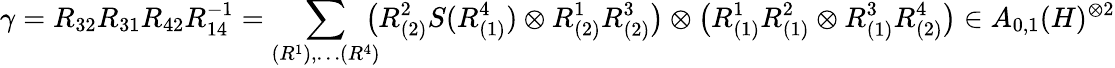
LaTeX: \gamma=R_{32}R_{31}R_{42}R_{14}^{-1}=\sum_{(R^{1}),\ldots(R^{4})}\! \! \! \bigl(R_{(2)}^{2}S(R_{(1)}^{4})\otimes R_{(2)}^{1}R_{(2)}^{3}\bigr)\otimes\bigl(R_{(1)}^{1}R_{(1)}^{2}\otimes R_{(1)}^{3}R_{(2)}^{4}\bigr)\in A_{0,1}(H)^{\otimes 2}